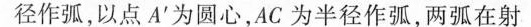
径作弧，以点A^{\prime}为圆心，AC为半径作弧，两弧在射